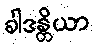
ခါဒန္တိယာ